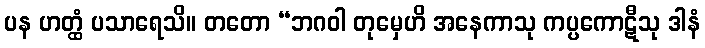
ပန ဟတ္ထံ ပသာရေသိ။ တတော “ဘဂဝါ တုမှေဟိ အနေကာသု ကပ္ပကောဋီသု ဒါနံ